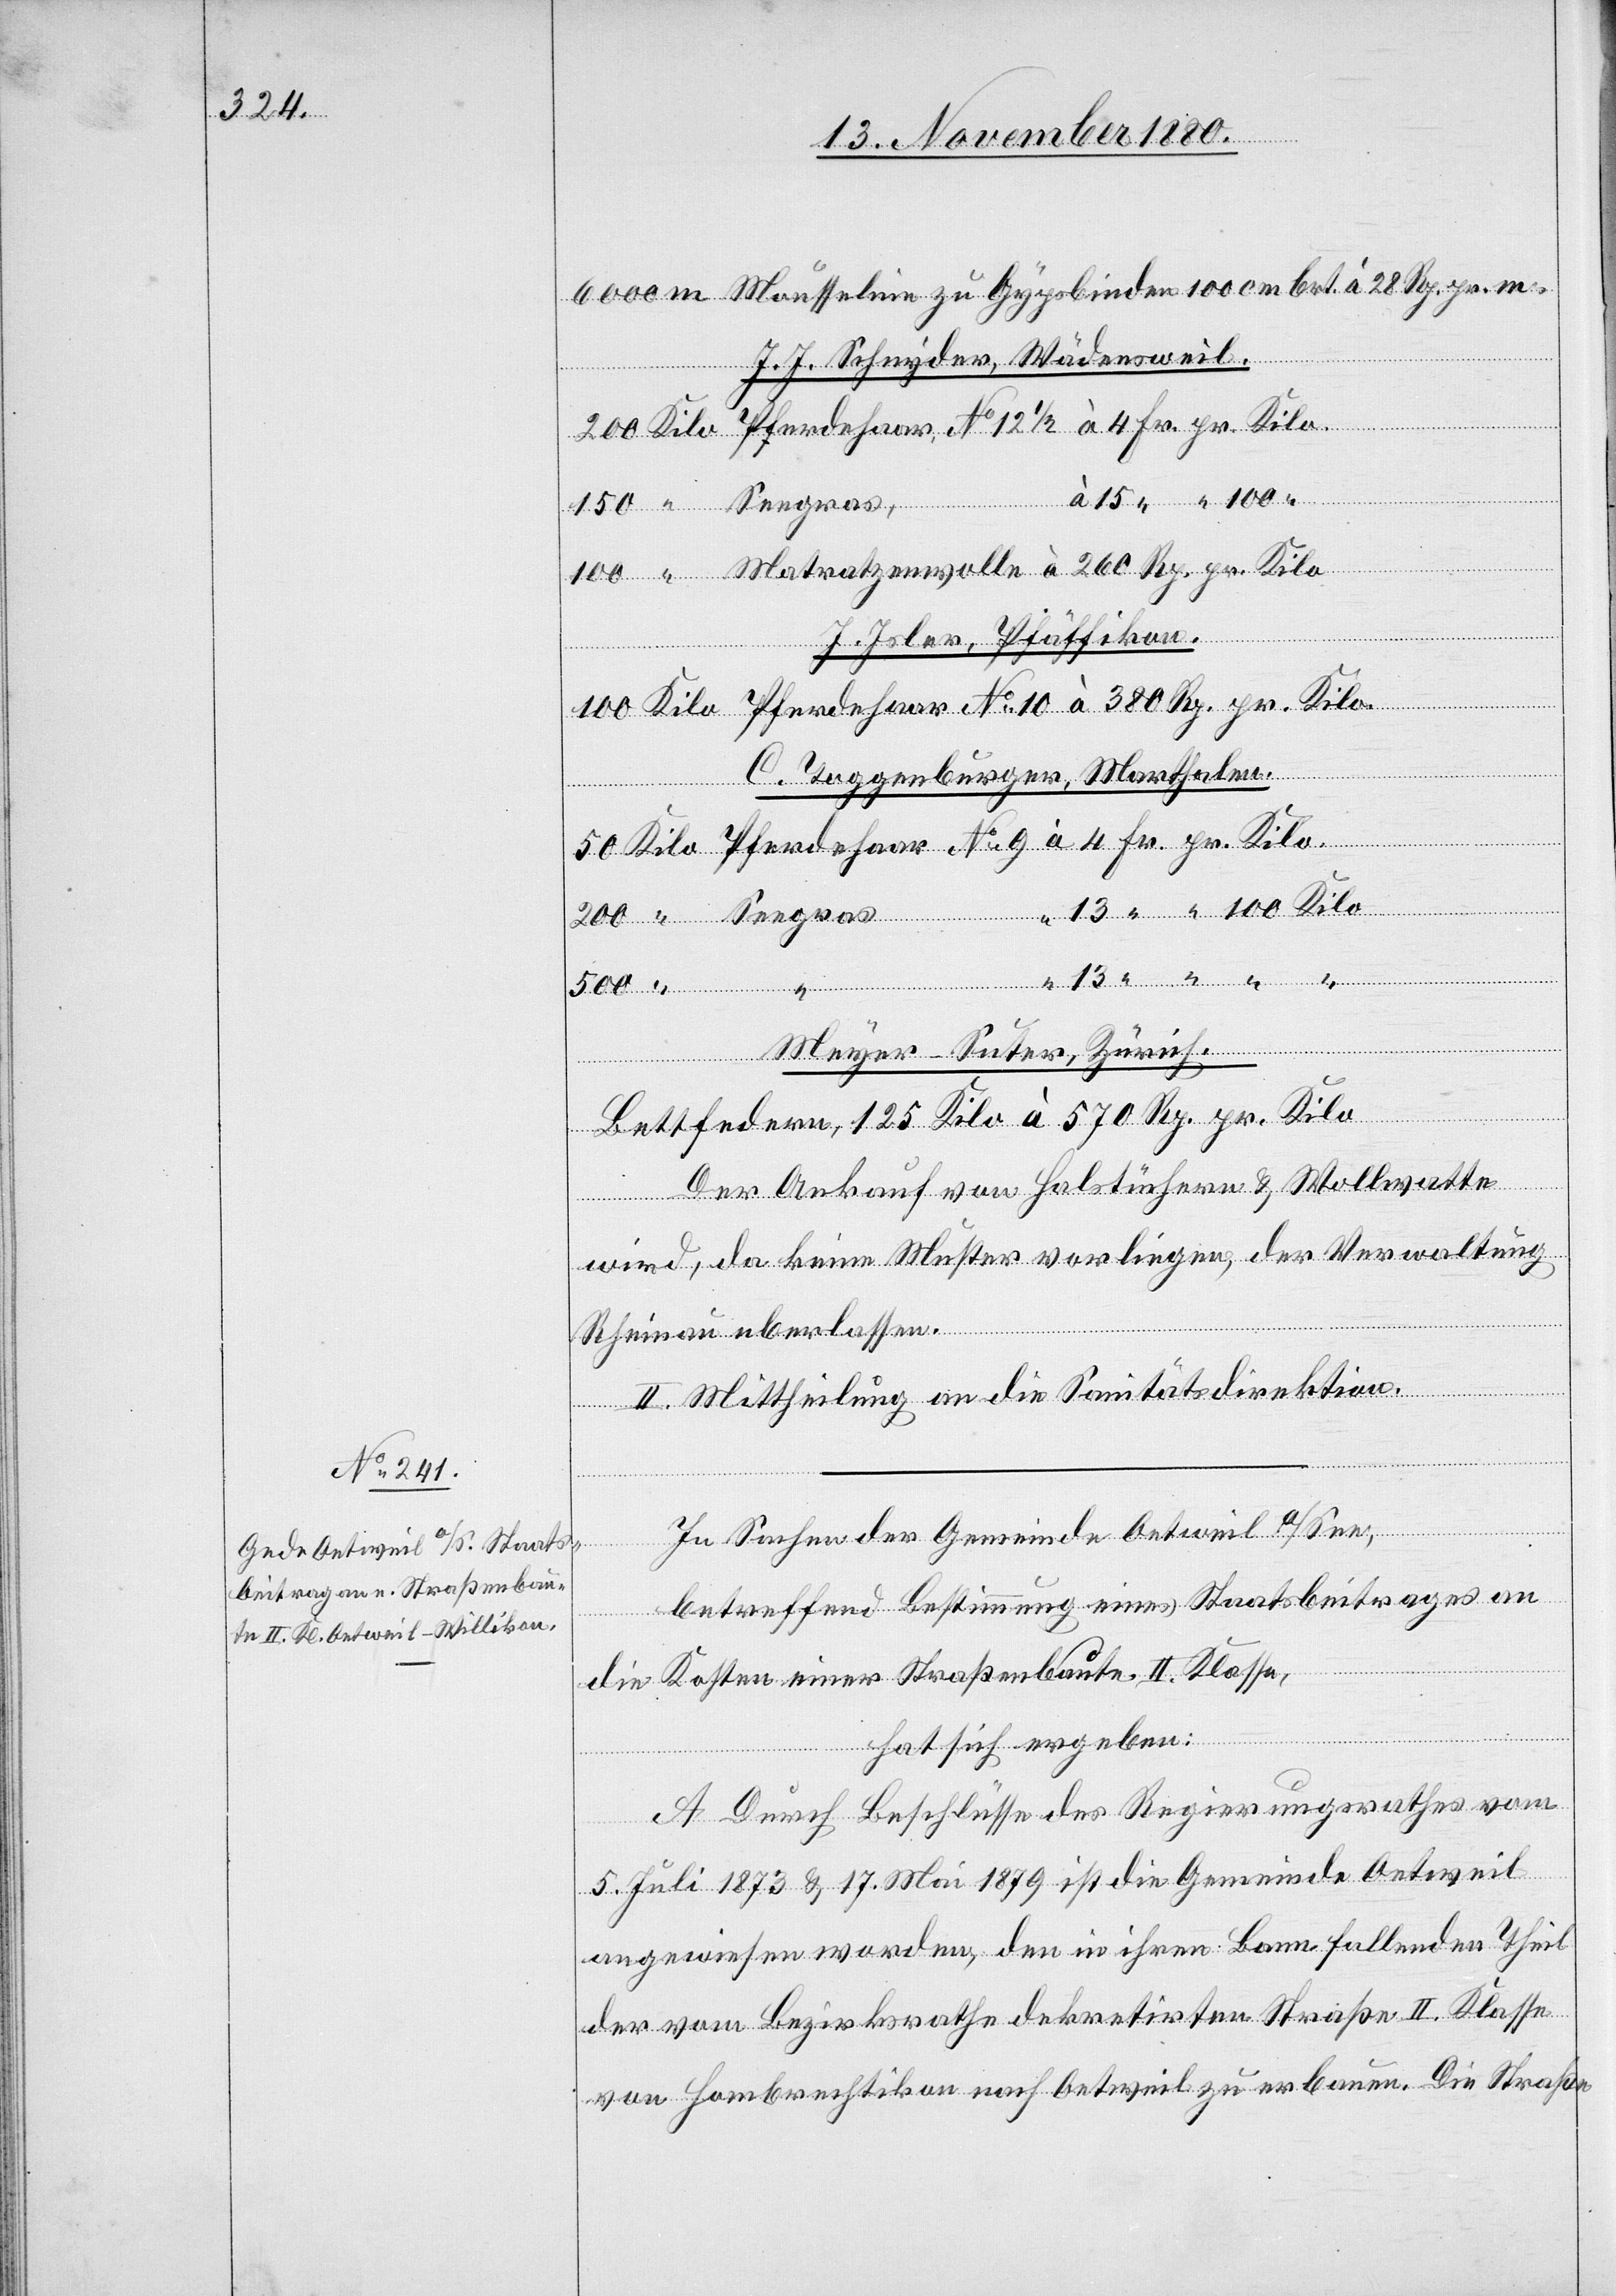
J. J. Schnyder, Wädensweil.
500
Seegras
Kilo.
J. Isler, Pfäffikon.
C. Toggenburger, Marthalen.
“
Meyer-Suter, Zürich.
Bettfedern, 125 Kilo à 570 Rp. pr. Kilo.
Der Ankauf von Halstüchern & Wollwatte
wird, da keine Muster vorliegen, der Verwaltung
Rheinau überlassen.
II. Mittheilung an die Sanitätsdirektion.
In Sachen der Gemeinde Oetweil a/See,
betreffend Bestimmung eines Staatsbeitrages an
die Kosten einer Straßenbaute II. Klasse,
hat sich ergeben:
A. Durch Beschlüsse des Regierungsrathes vom
pr
5. Juli 1873 & 17. Mai 1879 ist die Gemeinde Oetweil
angewiesen worden, den in ihren Bann fallenden Theil
der vom Bezirksrathe dekretirten Straße II. Klasse
von Hombrechtikon nach Oetweil zu erbauen. Die Straße